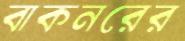
বাকনরের